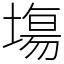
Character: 塲